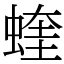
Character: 蝰